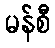
မန်စီ